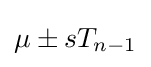
\mu \pm sT_{n-1}